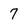
Character: 7